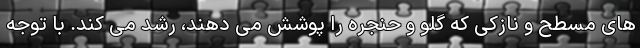
های مسطح و نازکی که گلو و حنجره را پوشش می دهند، رشد می کند. با توجه